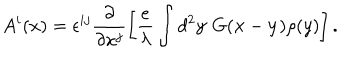
LaTeX: A ^ { i } ( x ) = \epsilon ^ { i j } \frac { \partial } { \partial x ^ { j } } \left[ \frac { e } { \lambda } \int d ^ { 2 } { \bf y } ~ G ( { \bf x } - { \bf y } ) \rho ( y ) \right] .